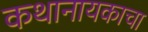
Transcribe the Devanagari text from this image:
कथानायकाचा